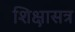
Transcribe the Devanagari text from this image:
शिक्षासत्र